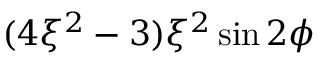
( 4 \xi ^ { 2 } - 3 ) \xi ^ { 2 } \sin 2 \phi